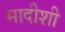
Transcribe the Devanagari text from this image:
मादीशी